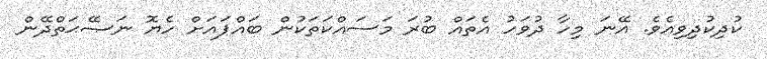
ކުދިކުދިވިއެވެ. އޭނަ މިހާ ދުވަހު އެތައް ބުރަ މަސައްކަތަކުން ބައްޕައަށް ހެޔޮ ނަޞޭޙަތްދޭން